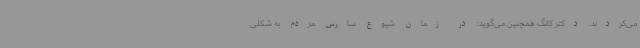
می‌کردند. دکتر کانگ همچنین می‌گوید: در زمان شیوع سارس مردم به شکلی